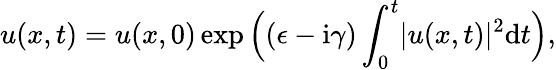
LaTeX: u(x,t)=u(x,0)\exp\Big((\epsilon-\mathrm{i}\gamma)\int_{0}^{t}\lvert u(x,t)\rvert^{2}\mathrm{d}t\Big),